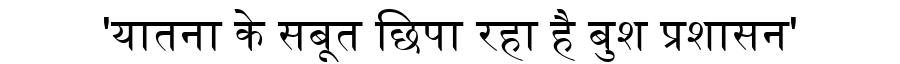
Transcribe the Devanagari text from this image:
'यातना के सबूत छिपा रहा है बुश प्रशासन'